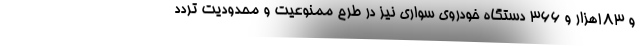
و ۱۸۳هزار و ۳۶۶ دستگاه خودروی سواری نیز در طرح ممنوعیت و محدودیت تردد